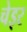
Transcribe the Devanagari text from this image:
चेइर